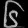
Digit: ၆